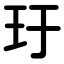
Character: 玗